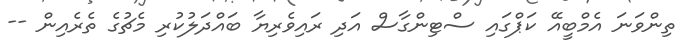
ތިންވަނަ އެމްބީއޭ ކަޕްގައި ސްޓިންގާސް އަދި ރައިވެރިޔާ ބައްދަލުކުރި މެޗުގެ ތެރެއިން --